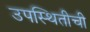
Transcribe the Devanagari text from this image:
उपस्थितीची